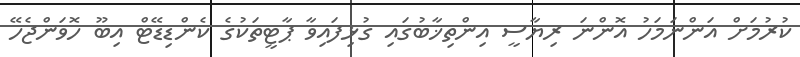
ކުރުމަށް އަންނަމަހު އޮންނަ ރިޔާސީ އިންތިޚާބުގައި ގުޅިފައިވާ ޕާޓީތަކުގެ ކެންޑިޑޭޓް އިބޫ ހޮވަންޖެހޭ